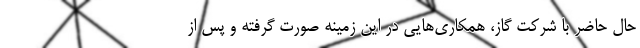
حال حاضر با شرکت گاز، همکاری‌هایی در این زمینه صورت گرفته و پس از